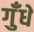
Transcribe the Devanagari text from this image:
गुँधे